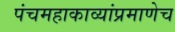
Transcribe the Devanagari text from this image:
पंचमहाकाव्यांप्रमाणेच